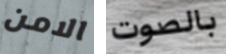
الامن بالصوت